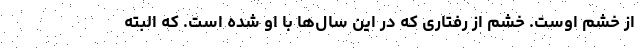
از خشم اوست. خشم از رفتاری که در این سال‌ها با او شده است. که البته